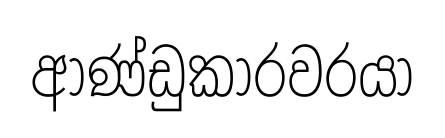
ආණ්ඩුකාරවරයා